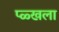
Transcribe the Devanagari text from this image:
प्ळ्खला